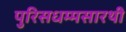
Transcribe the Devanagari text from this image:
पुरिसधम्मसारथी